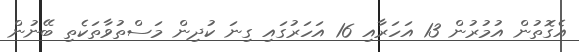
އެގޮތުން އުމުރުން 13 އަހަރާއި 16 އަހަރުގައި ގިނަ ކުދިން މަސްތުވާތަކެތި ބޭނުން